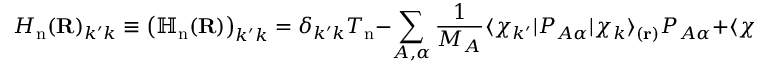
H _ { \mathrm { n } } ( \mathbf { R } ) _ { k ^ { \prime } k } \equiv { \big ( } \mathbb { H } _ { \mathrm { n } } ( \mathbf { R } ) { \big ) } _ { k ^ { \prime } k } = \delta _ { k ^ { \prime } k } T _ { \mathrm { n } } - \sum _ { A , \alpha } { \frac { 1 } { M _ { A } } } \langle \chi _ { k ^ { \prime } } | P _ { A \alpha } | \chi _ { k } \rangle _ { ( \mathbf { r } ) } P _ { A \alpha } + \langle \chi _ { k ^ { \prime } } | T _ { \mathrm { n } } | \chi _ { k } \rangle _ { ( \mathbf { r } ) } .